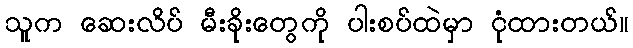
သူက ဆေးလိပ် မီးခိုးတွေကို ပါးစပ်ထဲမှာ ငုံထားတယ်။